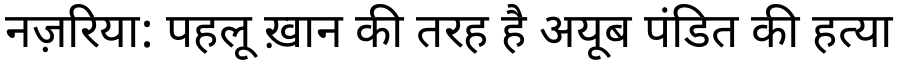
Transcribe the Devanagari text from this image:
नज़रिया: पहलू ख़ान की तरह है अयूब पंडित की हत्या